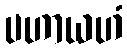
ပဟာယဟံ